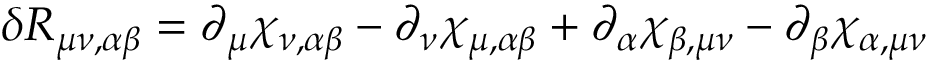
\delta R _ { \mu \nu , \alpha \beta } = \partial _ { \mu } \chi _ { \nu , \alpha \beta } - \partial _ { \nu } \chi _ { \mu , \alpha \beta } + \partial _ { \alpha } \chi _ { \beta , \mu \nu } - \partial _ { \beta } \chi _ { \alpha , \mu \nu }